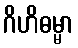
ဂိဟိဓမ္မာ